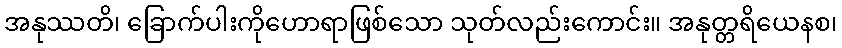
အနုဿတိ၊ ခြောက်ပါးကိုဟောရာဖြစ်သော သုတ်လည်းကောင်း။ အနုတ္တရိယေနစ၊